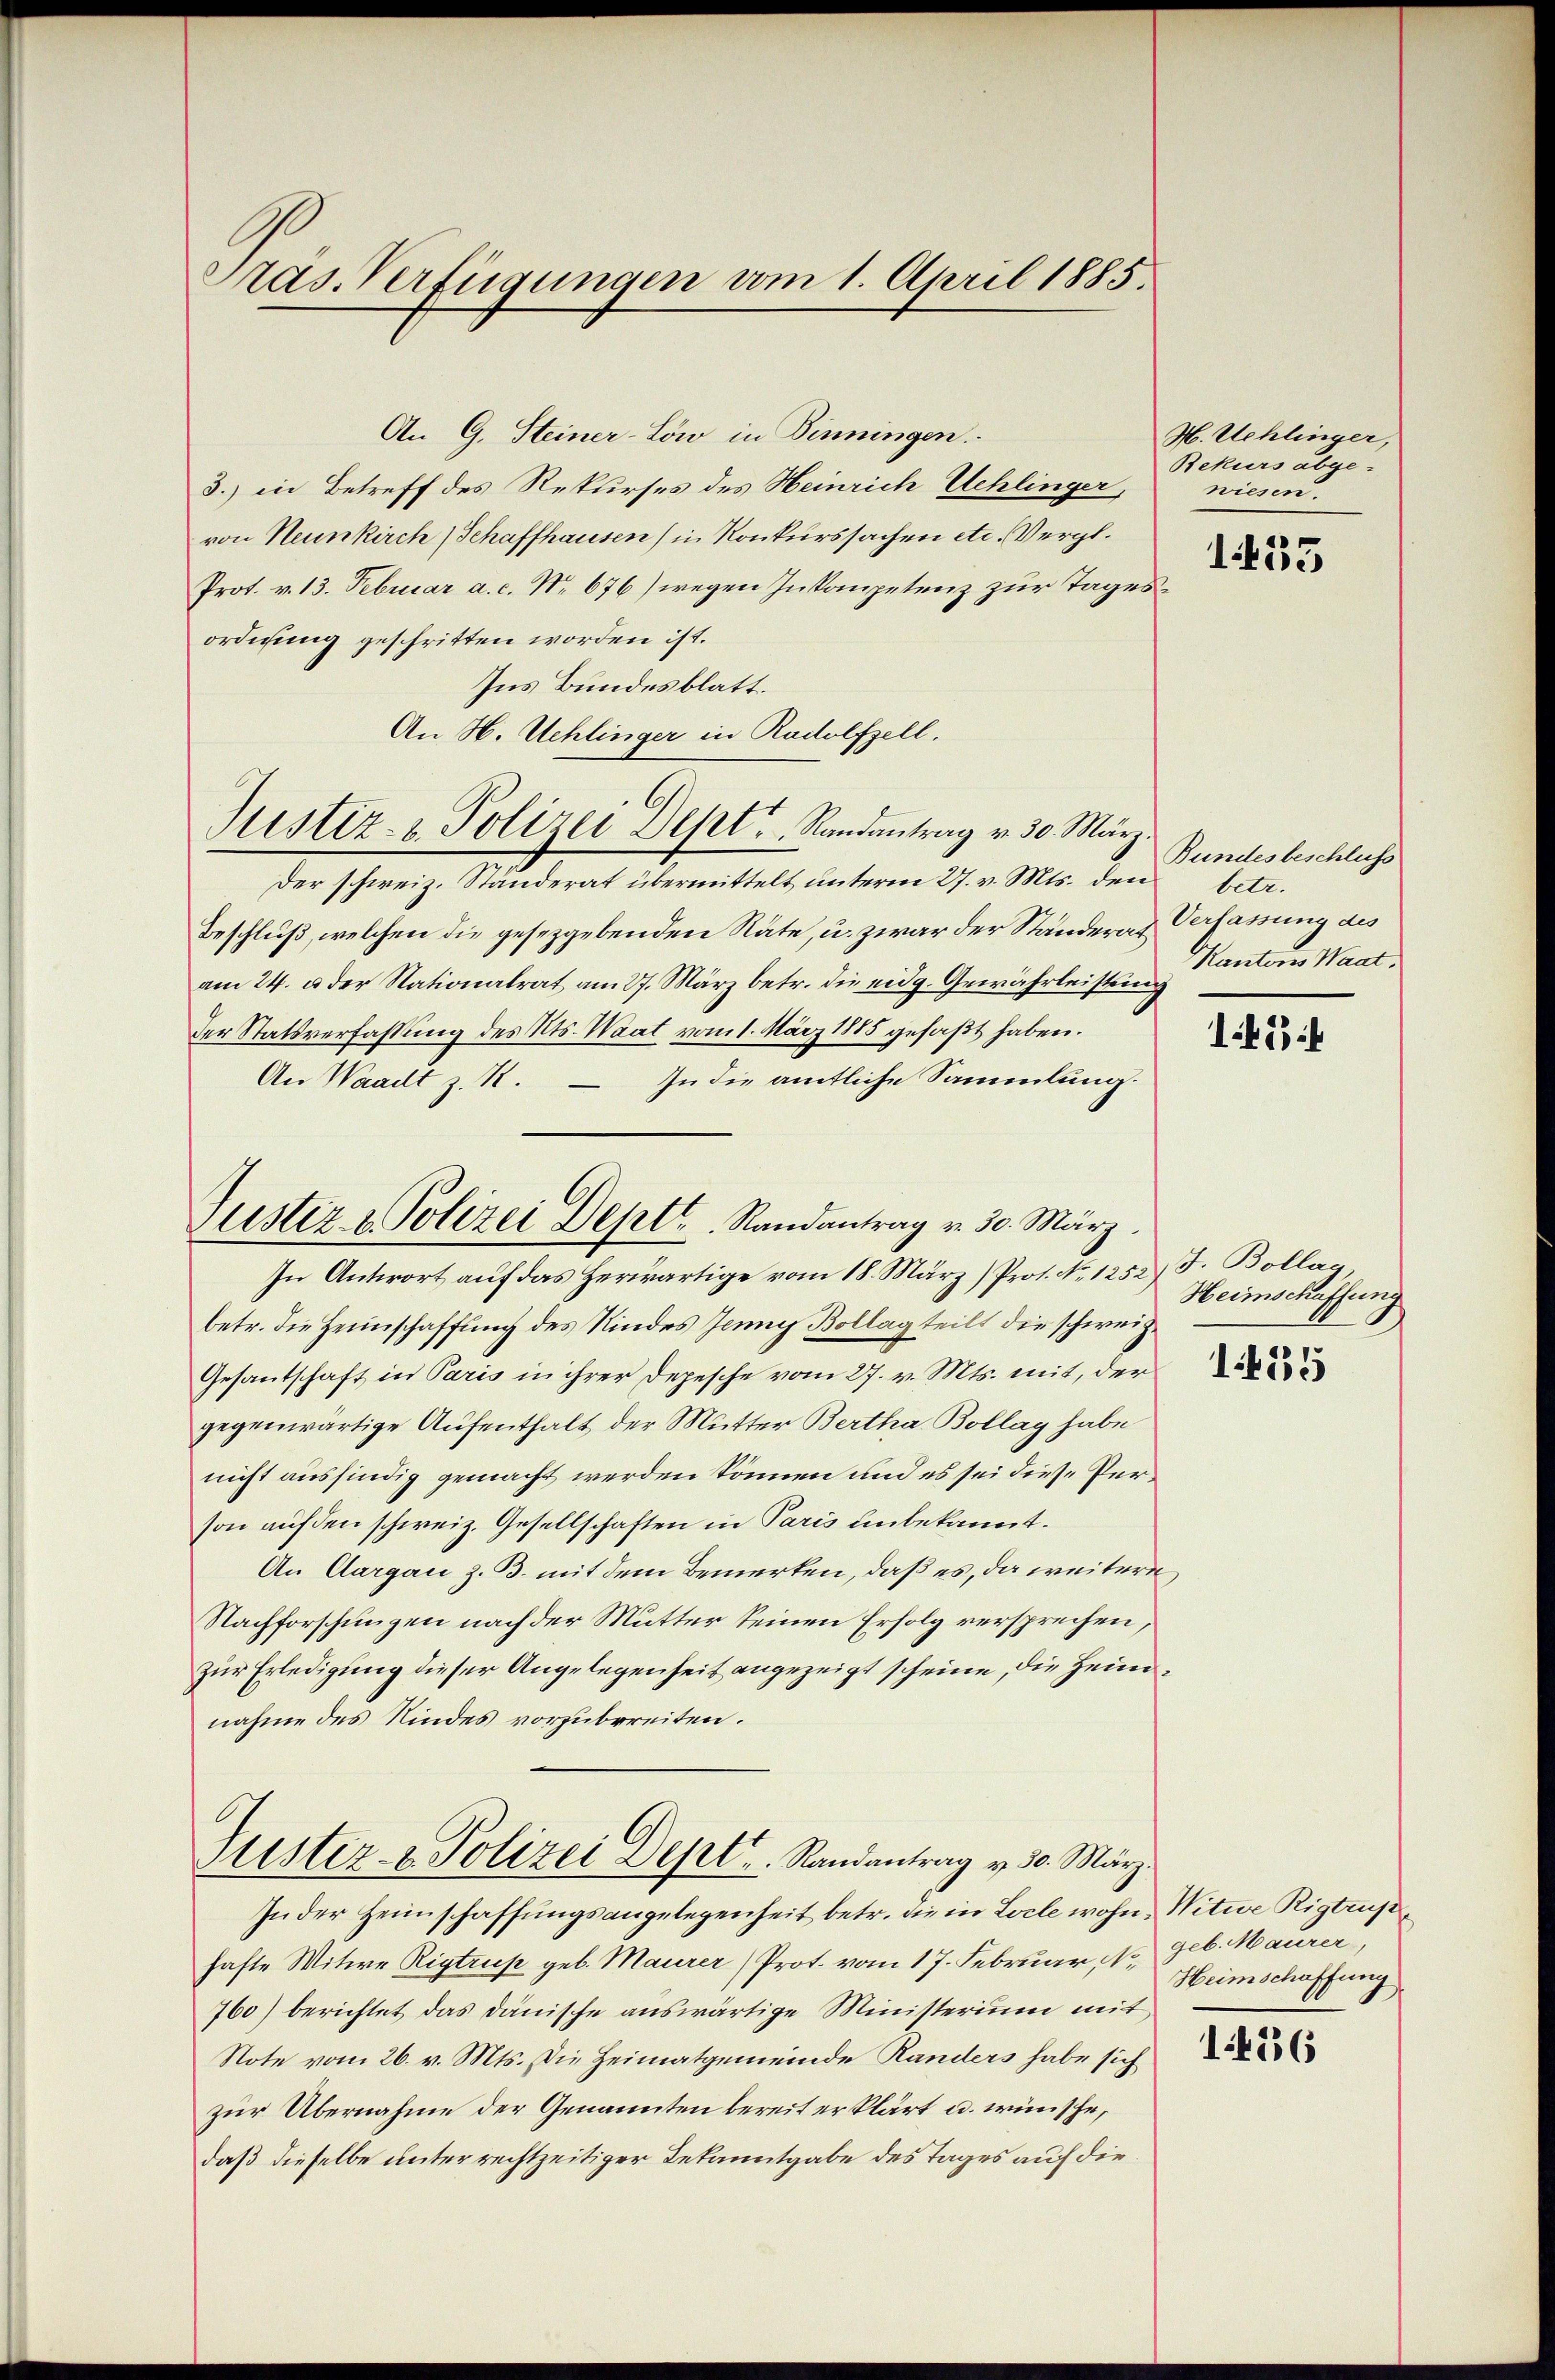
Pras Verfügungen vom 1. April 1885.

An G. Steiner-Löw in Binningen.
3.) in Betreff des Rekurses des Heinrich Uehlinger,
von Neunkirch Schaffhausen (in Konkurssachen etc. Vergl.
Prot. v. 13. Februar a. c. No. 676) wegen Inkompetenz zur Tagesordnung geschritten worden ist.
Ins Bundesblatt.
An H. Uehlinger in Rudolfzell.
Justiz- & Polizei Dept. Randantrag v. 30. März.
Der schweiz. Ständerat übermittelt unterm 27. v. Mts. den
Beschluß, welchen die gesetzgebenden Räte, u. zwar der Standern & Verfassung des
am 24. u. der Nationalrat am 27. März betr. die eidg. Gewährleistung
Der Statsverfassung des Kts. Waat vom 1. März 1885 gefaßt haben.
In die amtliche Sammlung.
An Waadt z. R.
In Antwort auf das herwärtige vom 18. März) Prot. No. 1252) F. Bolla
betr. die Heimschaffung des Kindes Jenny Bollag teilt die schweiz.
Gesantschaft in Paris in ihrer Depesche vom 27. v. Mts. mit, der
gegenwärtige Aufenthalt der Mutter Bertha Bollag habe
nicht ausfindig gemacht werden können und es sei diese Person auf den schweiz. Gesellschaften in Paris unbekannt.
An Aargau z. B. mit dem Bemerken, daß es, da weitere
Nachforschungen nach der Mutter seinen Erfolg versprechen,
zur Erledigung dieser Angelegenheit angezeigt scheine, die Heimnahme des Kindes vorzubereiten.
Justiz- & Polizei Dept. Randantrag v. 30. März.
In der Heimschaffungsangelegenheit betr. die in Loche wohne Witwe Rigtrus
hafte Witwe Rigtrup geb. Maurer Prot. vom 17. Februar, No 906. Maurer,
760) berichtet das dänische auswärtige Ministerium mit
Note vom 26. v. Mts. Die Heimatgemeinde Randers habe sich
zur Übernahme der Genannten bereit erklärt u. wünsche,
daß dieselbe unterrechtzeitiger Bekanntgabe des Tages auf die

Tustiz & Polizei Dept. Randantrag v. 30. März.

H. Uehlinger,
Rekurs abge-
wiesen.

155

Bundesbeschluss
betr.
Kantons Waat.

1454

Heimschaffung

1435

Heimschaffung

1456